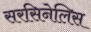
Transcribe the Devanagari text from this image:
सरसिनेलिस